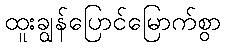
ထူးချွန်ပြောင်မြောက်စွာ